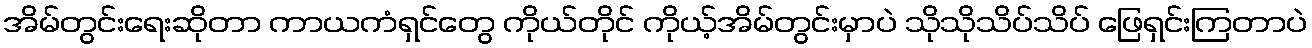
အိမ်တွင်းရေးဆိုတာ ကာယကံရှင်တွေ ကိုယ်တိုင် ကိုယ့်အိမ်တွင်းမှာပဲ သိုသိုသိပ်သိပ် ဖြေရှင်းကြတာပဲ